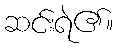
ဆင်းရဲ၏။